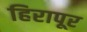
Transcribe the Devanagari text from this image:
हिरापूर